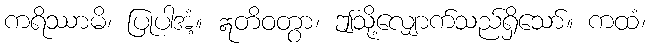
ကရိဿာမိ၊ ပြုပါအံ့။ ဣတိဝတွာ၊ ဤသို့လျှောက်သည်ရှိသော်။ ကထံ၊